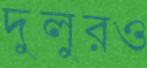
দুলুরও